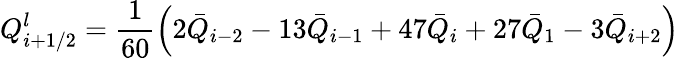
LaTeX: Q_{i+1/2}^{l}=\frac{1}{60}\left(2{{{\bar{Q}}}_{i-2}}-13{{{\bar{Q}}}_{i-1}}+47{{{\bar{Q}}}_{i}}+27{{{\bar{Q}}}_{1}}-3{{{\bar{Q}}}_{i+2}}\right)